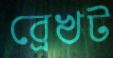
ব্রেখট